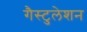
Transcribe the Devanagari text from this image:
गैस्टुलेशन